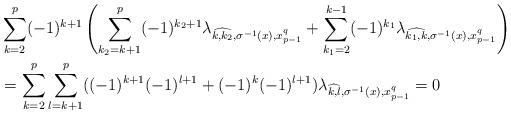
LaTeX: \begin{align*}&\sum_{k=2}^p(-1)^{k+1}\left(\sum_{k_2=k+1}^p(-1)^{k_2+1}\lambda_{\widehat{k,k_2},\sigma^{-1}(x),x_{p-1}^q}+\sum_{k_1=2}^{k-1}(-1)^{k_1}\lambda_{\widehat{k_1,k},\sigma^{-1}(x),x_{p-1}^q}\right)\\&=\sum_{k=2}^p\sum_{l=k+1}^p ((-1)^{k+1}(-1)^{l+1}+(-1)^k(-1)^{l+1}) \lambda_{\widehat{k,l},\sigma^{-1}(x),x_{p-1}^q}=0\,\end{align*}